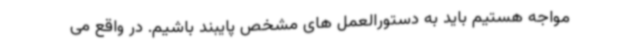
مواجه هستیم باید به دستورالعمل های مشخص پایبند باشیم. در واقع می